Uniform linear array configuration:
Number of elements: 4
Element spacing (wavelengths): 0.25
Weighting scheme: hann
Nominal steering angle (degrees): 45
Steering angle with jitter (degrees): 46.266
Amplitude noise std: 0.05
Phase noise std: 0.05

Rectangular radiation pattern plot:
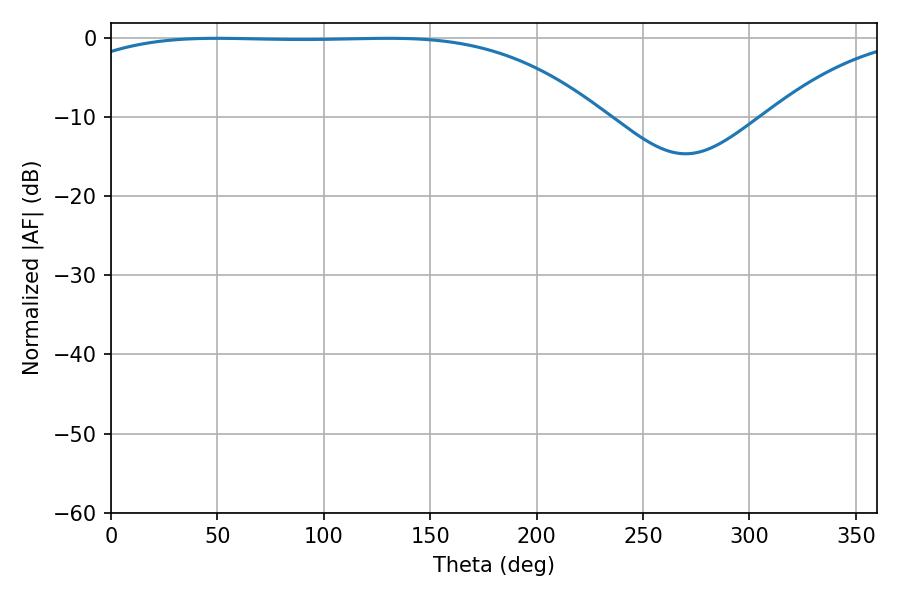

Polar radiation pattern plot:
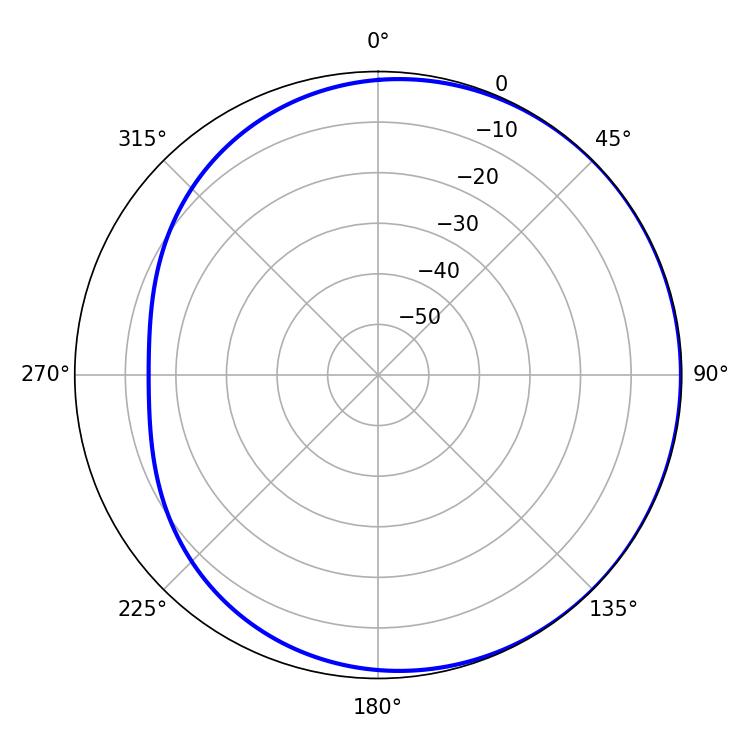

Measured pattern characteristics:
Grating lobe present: FALSE
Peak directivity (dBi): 0.8135
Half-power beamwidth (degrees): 193.68
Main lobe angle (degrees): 49.86